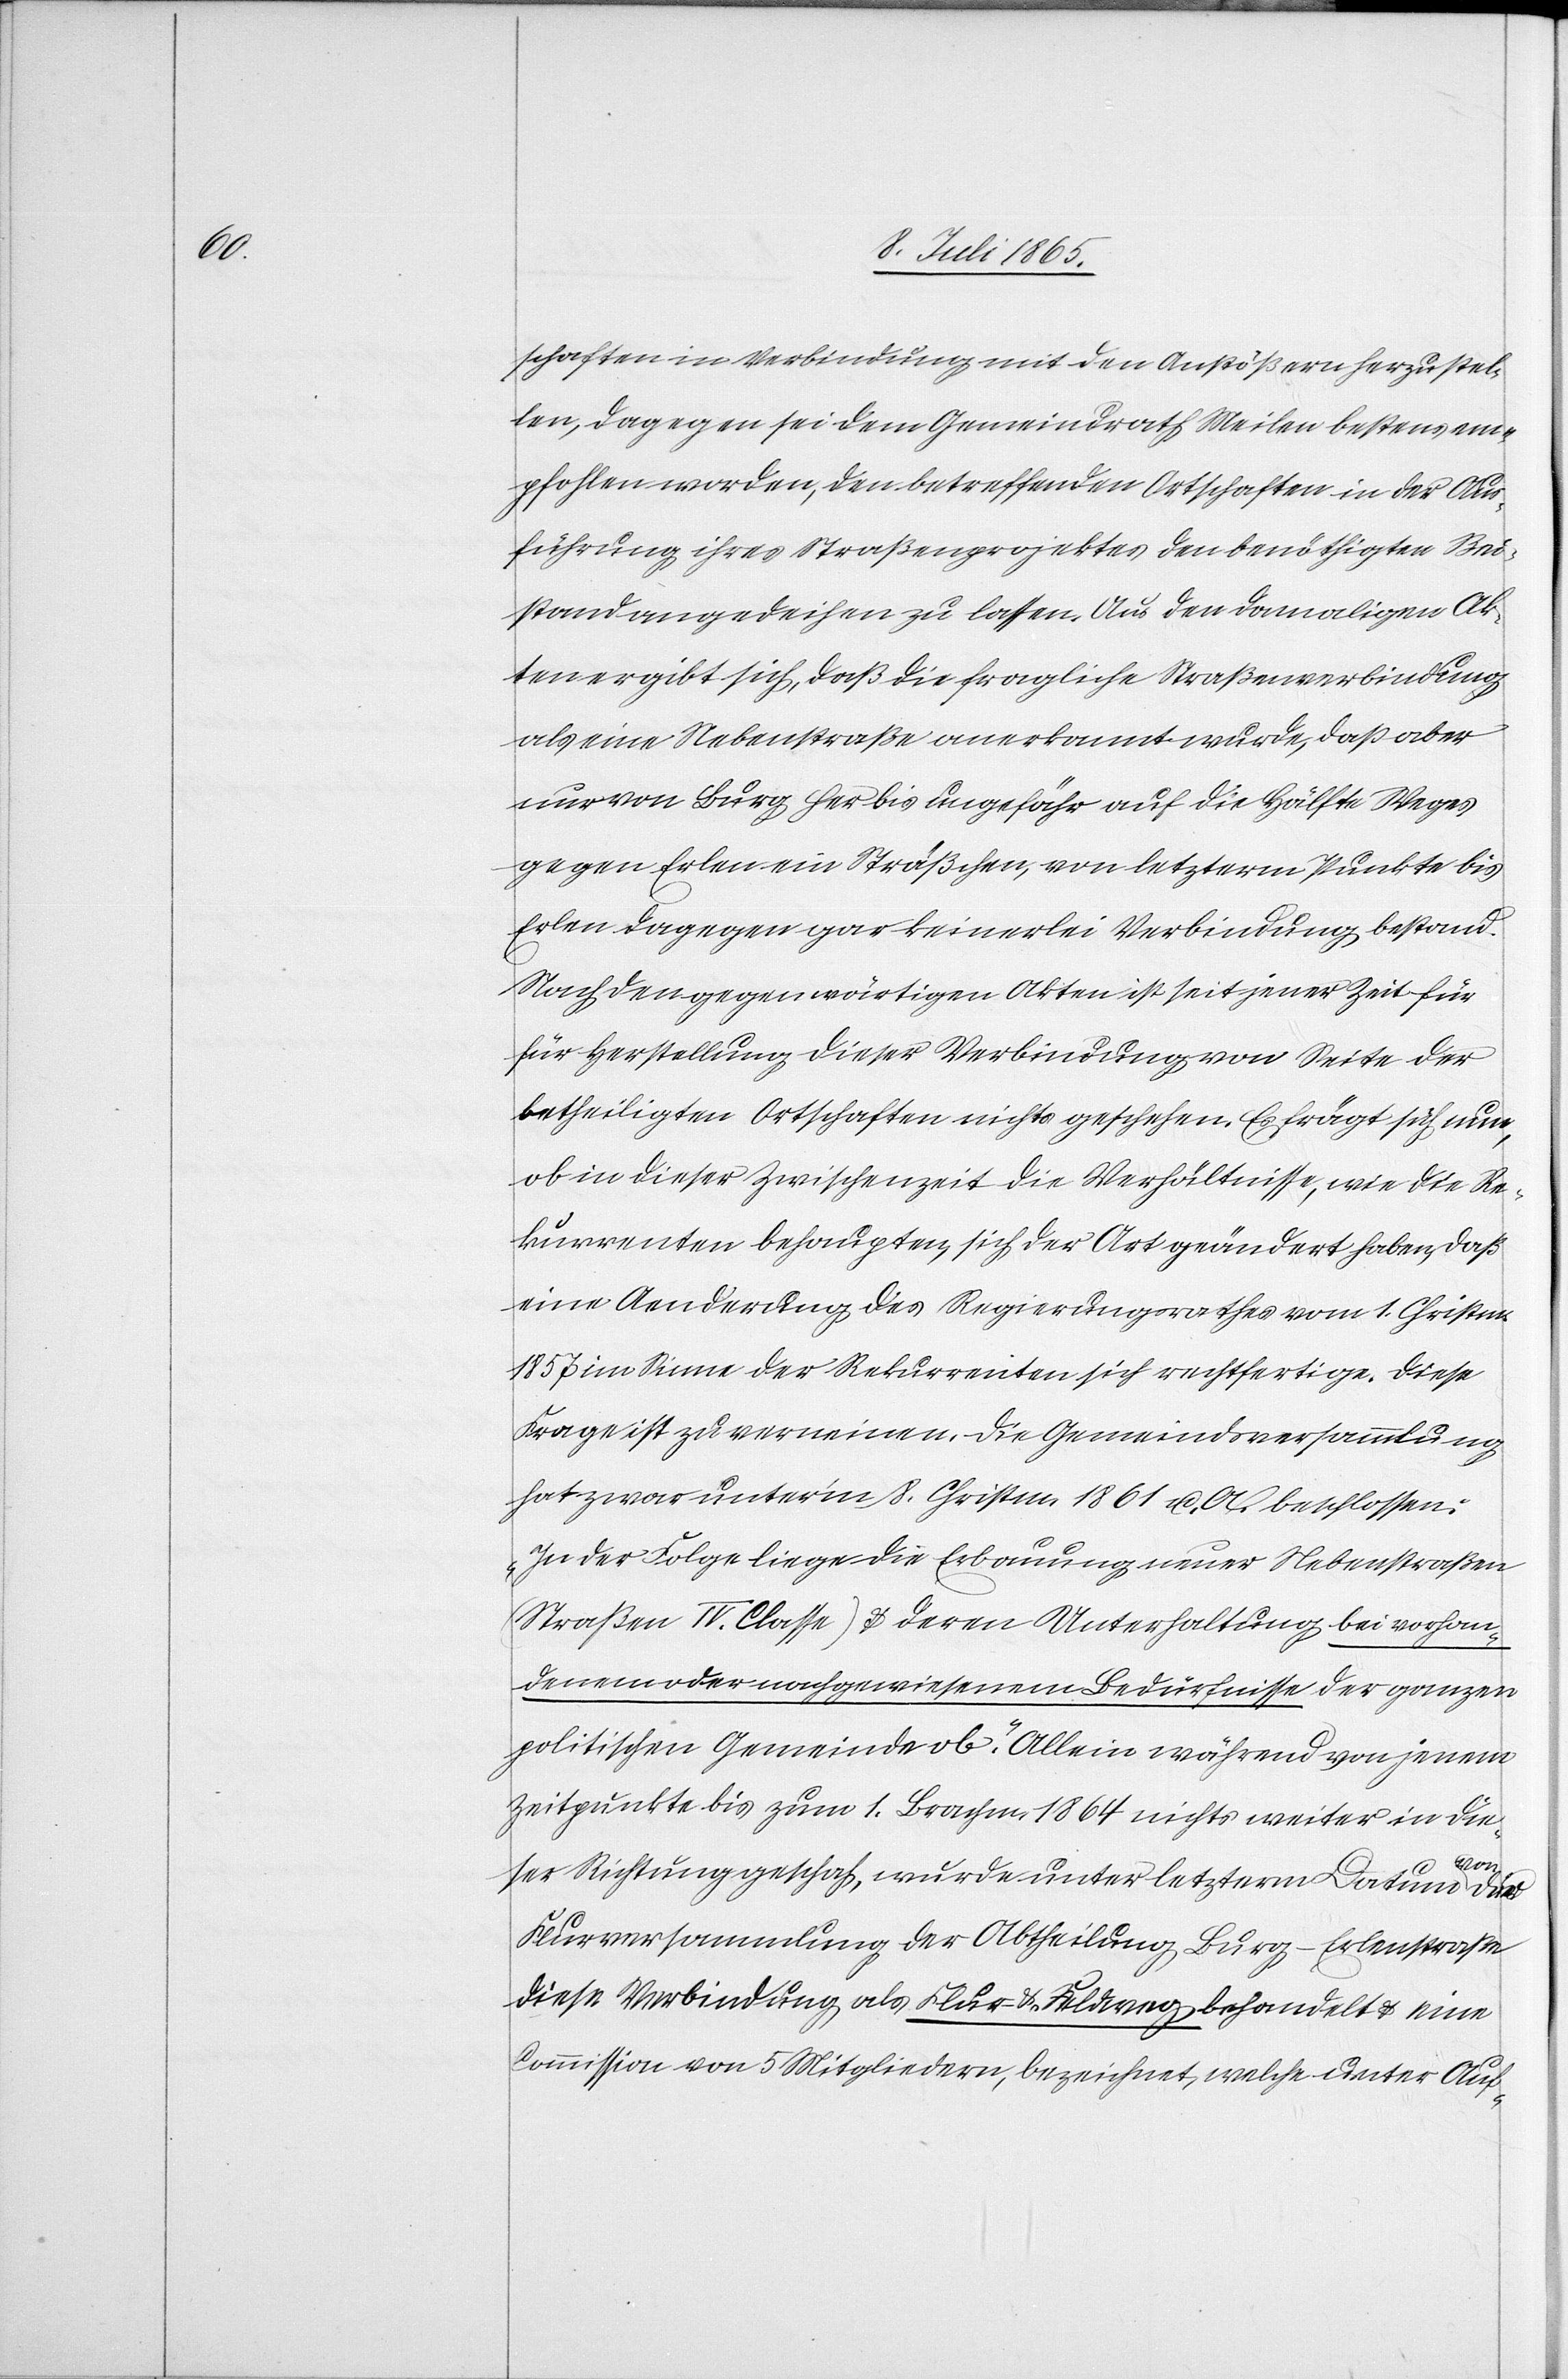
1.

schaften [sic!] in Verbindung mit den Asntößern herzustel¬
len, dagegen sei dem Gemeindrath Meilen bestens em¬
pfohlen worden, den betreffenden Ortschaften in der Aus¬
führung ihres Straßenprojektes den benöthigten Bei¬
stand angedeihen zu lassen. Aus den damaligen Ak¬
ten ergibt sich, daß die fragliche Straßenverbindung
als eine Nebenstraße anerkannt wurde, daß aber
nur von Burg her bis ungefähr auf die Hälfte Weges
gegen Erlen ein Sträßchen, von letzterm Punkte bis
Erlen dagegen gar keinerlei Verbindung bestand.
Nach den gegenwärtigen Akten ist seit jener Zeit für
Herstellung dieser Verbindung von Seite der
betheiligten Ortschaften nichts geschehen. Es frägt sich nun,
ob in dieser Zwischenzeit die Verhältnisse, wie die Re¬
kurrenten behaupten, sich der Art geändert haben, daß
eine Aenderung des Regierungsrathes [recte: Regierung¬
1857 im Sinne der Rekurrenten sich rechtfertige. Diese
Frage ist zu verneinen. Die Gemeindsversammlung
hat zwar unter’m 8. Christm. 1861 u. A. beschlossen:
„In der Folge liege die Erbauung neuer Nebenstraßen
(Straßen IV. Classe) u. deren Unterhaltung bei vorhan¬
denem oder nachgewiesenem Bedürfnisse der ganzen
politischen Gemeinde ob“. Allein während von jenem
Zeitpunkte bis zum 1. Brachm. 1864 nichts weiter in die¬
ses]
ser Richtung geschah, wurde unter letzterm Datum von
Flurversammlung der Abtheilung Burg-Erlenstraße
diese Verbindung als Flur- u. Feldweg behandelt u. eine
Commission von 5 Mitgliedern, bezeichnet, welche unter Auf-